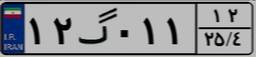
۱۲گ۰۱۱۱۲